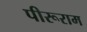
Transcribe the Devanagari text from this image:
पीरूराम